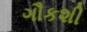
ગૌકશી